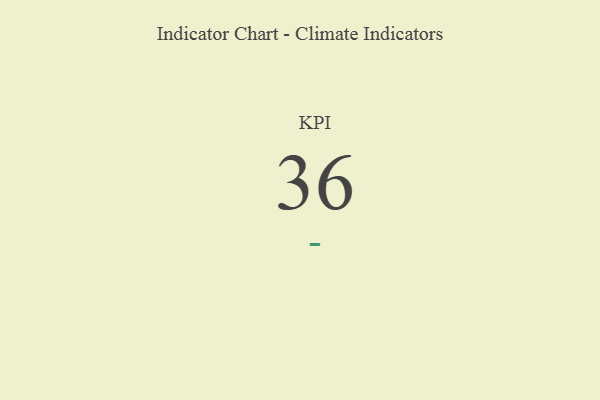
{"axis": {"x": "KPI", "y": "Value"}, "legend": [""], "data": [{"x": "KPI", "y": 36, "type": ""}]}